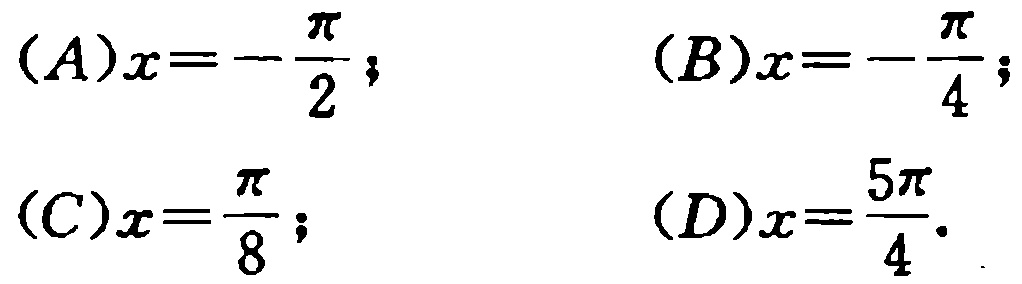
(A)$x = -\frac{\pi}{2}$; (B)$x = -\frac{\pi}{4}$; (C)$x = \frac{\pi}{8}$; (D)$x = \frac{5\pi}{4}$.